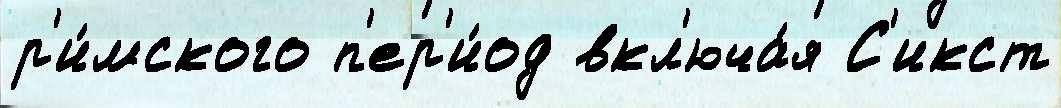
р'и́мского п'ер'и́од вкл'юча́я С'икст